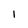
Character: 1